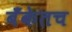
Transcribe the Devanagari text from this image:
बँकेतच